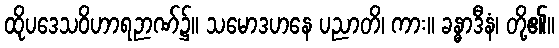
ထိုပဒေသဝိဟာရဉာဏ်၌။ သမောဒဟနေ ပညာတိ၊ ကား။ ခန္ဓာဒီနံ၊ တို့၏။